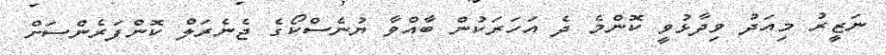
ނަޒީރު މިއަދު ވިދާޅުވީ ކޮންމެ ދެ އަހަރަކުން ބާއްވާ ޔުނެސްކޯގެ ޖެނެރަލް ކޮންފަރެންސަށް